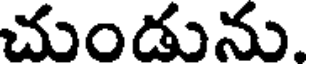
చుండును.